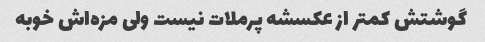
گوشتش کمتر از عکسشه پرملات نیست ولی مزه‌اش خوبه